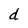
Character: d